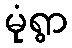
မုံရွာ